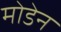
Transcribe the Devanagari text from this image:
मोडेन